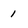
Character: 1